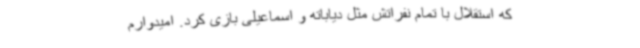
که استقلال با تمام نفراتش مثل دیاباته و اسماعیلی بازی کرد. امیدوارم